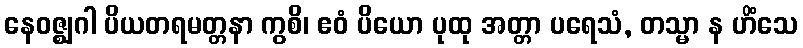
နေဝဇ္ဈဂါ ပိယတရမတ္တနာ ကွစိ၊ ဧဝံ ပိယော ပုထု အတ္တာ ပရေသံ, တသ္မာ န ဟိံသေ